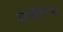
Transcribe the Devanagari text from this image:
प्राईवेटस